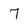
Character: 7